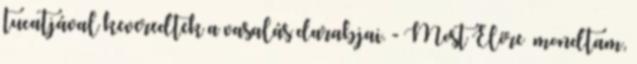
tucatjával keveredtek a vasalás darabjai. - Most Előre –mondtam,